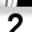
Digit: 2